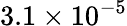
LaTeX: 3.1\times 10^{-5}